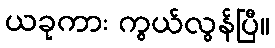
ယခုကား ကွယ်လွန်ပြီ။